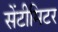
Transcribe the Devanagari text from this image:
सेंटीमिटर